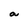
Character: a